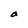
Character: a